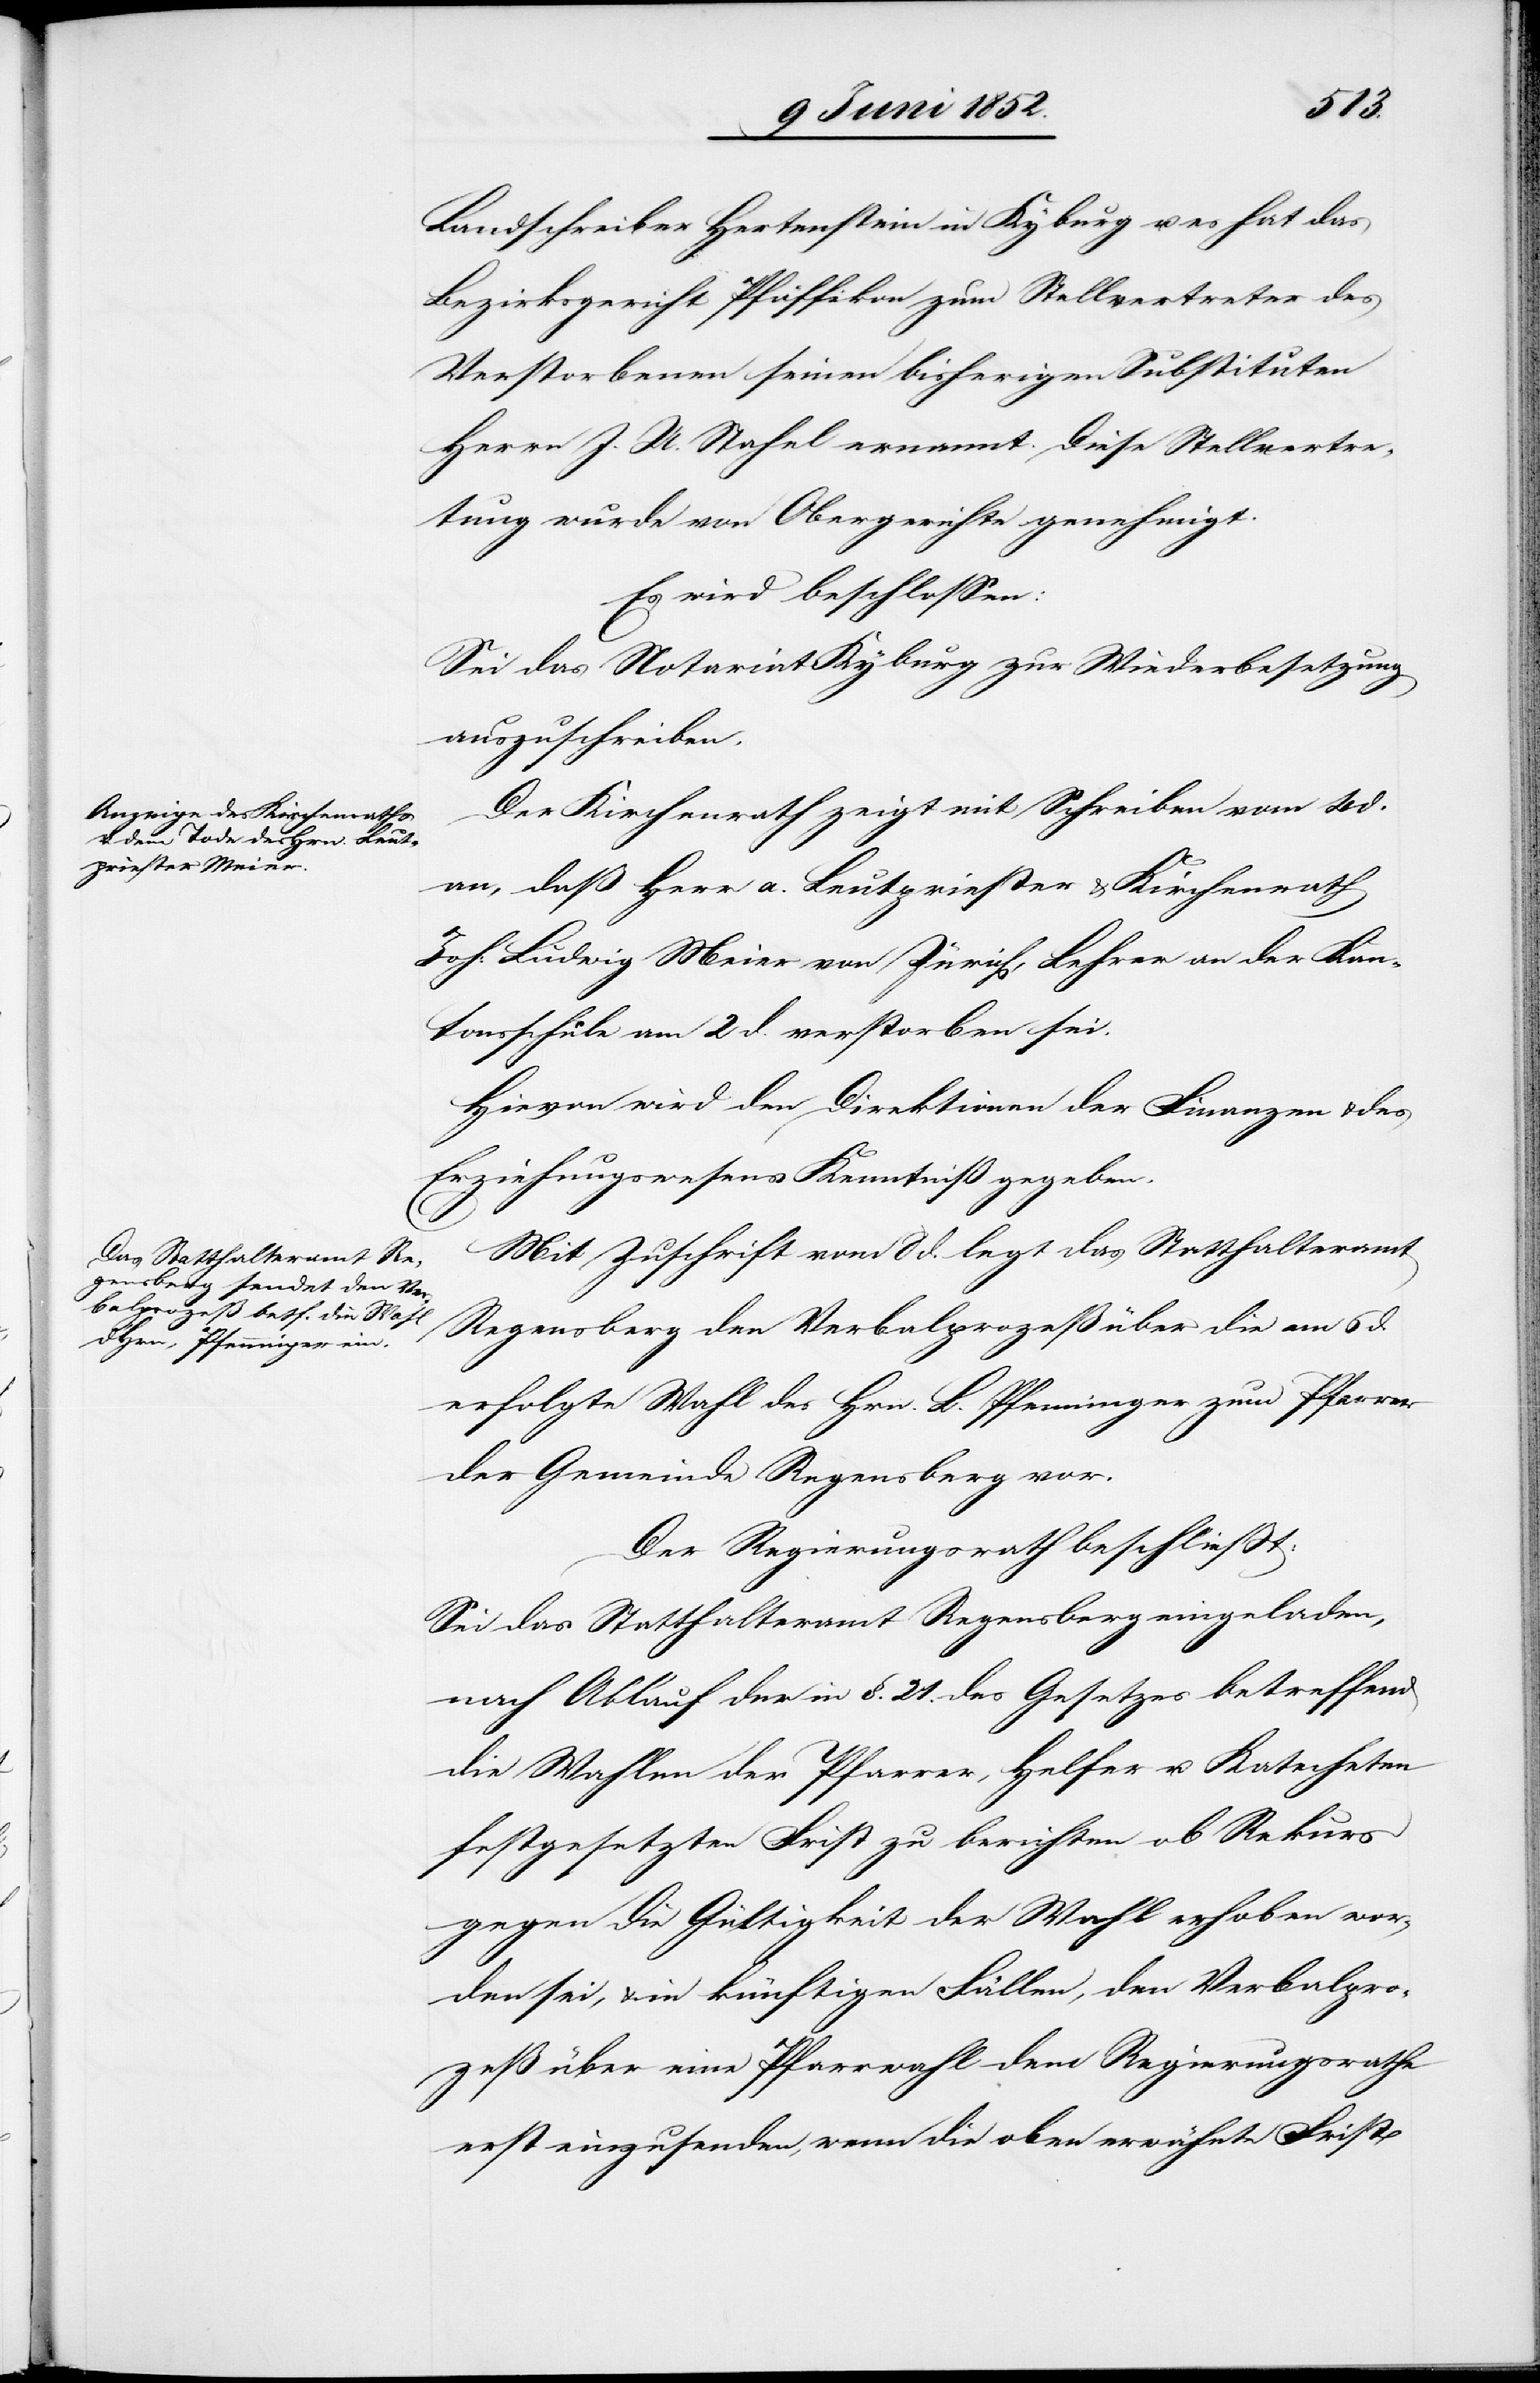
genehmigt.
Landschreiber Hertenstein in Kyburg u. es hat das
Bezirksgericht Pfäffikon zum Stellvertreter des
Verstorbenen seinen bisherigen Substituten
Herr J. U. Stahel ernannt. Diese Stellvertre¬
Es wird beschlossen:
Sei das Notariat Kyburg zur Wiederbesetzung
auszuschreiben.
Der Kirchenrath zeigt mit Schreiben vom 4 d.
an, daß Herr a. Leutpriester & Kirchenrath
Joh: Ludwig Meier von Zürich, Lehrer an der Kan¬
tonsschule am 2 d. verstorben sei.
Hievon wird den Direktionen der Finanzen & des
Erziehungswesens Kenntniß gegeben.
Mit Zuschrift vom 8 d. legt das Statthalteramt
Regensberg den Verbalprozeß über die am 6 d.
erfolgte Wahl des Hrn. L. Pfenninger zum Pfarrer
der Gemeinde Regensberg vor.
Der Regierungsrath beschliesst:
Sei das Statthalteramt Regensberg eingeladen,
nach Ablauf der in §. 21. des Gesetzes betreffend
die Wahlen der Pfarrer, Helfer u. Katecheten
festgesetzten Frist zu berichten ob Rekurs
gegen die Gültigkeit der Wahl erhoben wor¬
den sei, & in künftigen Fällen, den Verbalpro¬
zeß über eine Pfarrwahl dem Regierungsrathe
erst einzusenden, wenn die oben erwähnte Frist